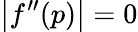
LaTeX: \left|f^{\prime\prime}(p)\right|=0